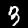
Digit: 3